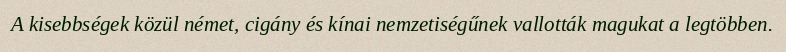
A kisebbségek közül német, cigány és kínai nemzetiségűnek vallották magukat a legtöbben.